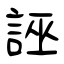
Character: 誣